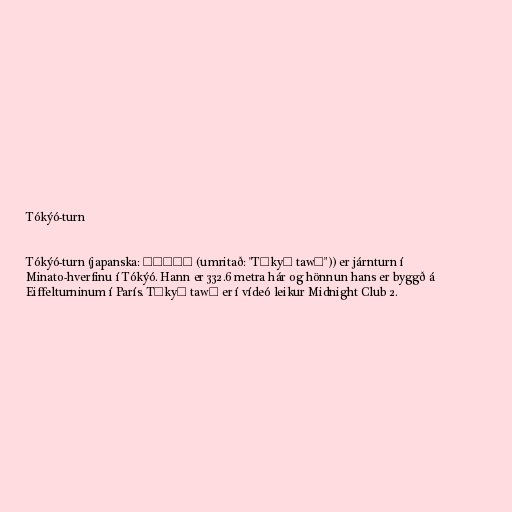
Tókýó-turn

Tókýó-turn (japanska: 東京タワー (umritað: "Tōkyō tawā")) er járnturn í
Minato-hverfinu í Tókýó. Hann er 332.6 metra hár og hönnun hans er byggð á
Eiffelturninum í París. Tōkyō tawā er í vídeó leikur Midnight Club 2.